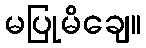
မပြုမိချေ။